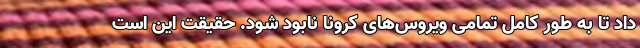
داد تا به طور کامل تمامی ویروس‌های کرونا نابود شود. حقیقت این است